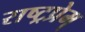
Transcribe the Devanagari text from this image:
राष्ट्रप्रेम्